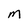
Character: M